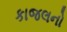
કાજલનો